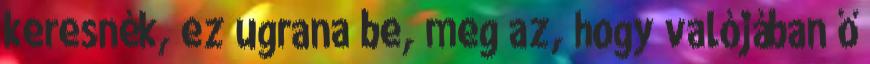
keresnék, ez ugrana be, meg az, hogy valójában ő